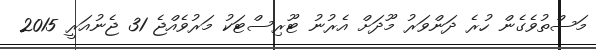
މަސްތުވެގެން ހުރެ ދަންވަރު މޫދަށް އެރުނު ޓޫރިސްޓަކު މަރުވެއްޖެ 31 ޖެނުއަރީ 2015